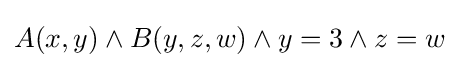
A(x,y)\land B(y,z,w)\land y=3\land z=w